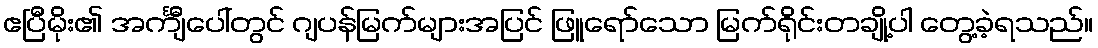
ဧပြီမိုး၏ အင်္ကျီပေါ်တွင် ဂျပန်မြက်များအပြင် ဖြူရော်သော မြက်ရိုင်းတချို့ပါ တွေ့ခဲ့ရသည်။